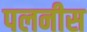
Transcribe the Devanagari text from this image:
पलनीस